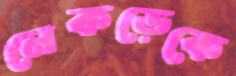
নেকড়েকে